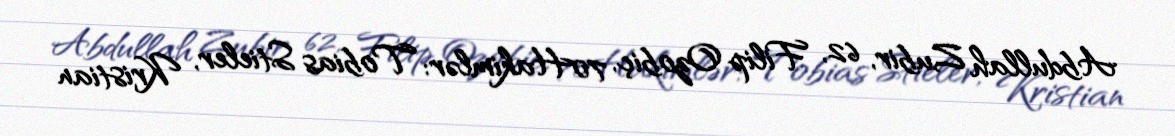
Abdullah Zubir, 62, Filip Ozobiç, 70Hakimlər: Tobias Stieler, Kristian